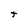
Character: t